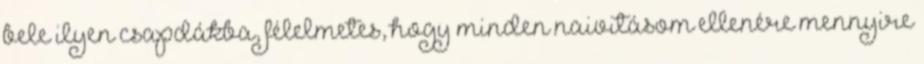
bele ilyen csapdákba, félelmetes, hogy minden naivitásom ellenére mennyire